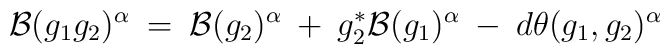
{\cal B}(g_1 g_2)^{\alpha} \: = \:{\cal B}(g_2)^{\alpha} \: + \:g_2^* {\cal B}(g_1)^{\alpha} \: - \:d \theta(g_1, g_2)^{\alpha}